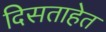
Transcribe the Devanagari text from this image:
दिसताहेत